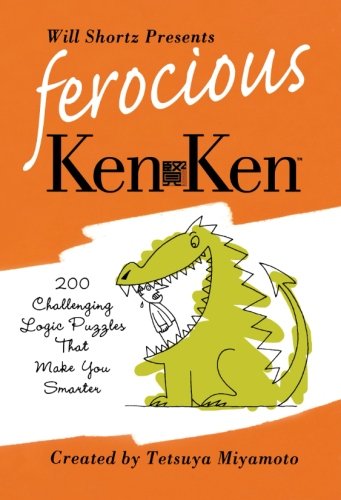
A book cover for Will Shortz Presents Ferocious KenKen: 200 Challenging Logic Puzzles That Make You Smarter; Tetsuya Miyamoto; Humor & Entertainment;